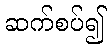
ဆက်စပ်၍